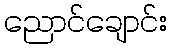
ညောင်ချောင်း